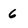
Character: 6